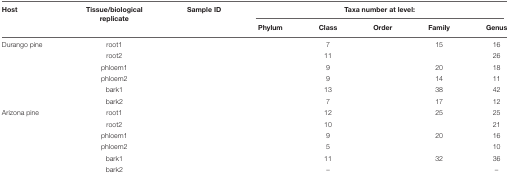
<table><thead><tr><td><b>Host</b></td><td><b>Tissue/biological replicate</b></td><td><b>Sample ID</b></td><td colspan="5"><b>Taxa number at level:</b></td></tr><tr><td>[EMPTY_CELL]</td><td>[EMPTY_CELL]</td><td>[EMPTY_CELL]</td><td><b>Phylum</b></td><td><b>Class</b></td><td><b>Order</b></td><td><b>Family</b></td><td><b>Genus</b></td></tr></thead><tbody><tr><td>Durango pine</td><td>root1</td><td>[EMPTY_CELL]</td><td>[EMPTY_CELL]</td><td>7</td><td>[EMPTY_CELL]</td><td>15</td><td>16</td></tr><tr><td>[EMPTY_CELL]</td><td>root2</td><td>[EMPTY_CELL]</td><td>[EMPTY_CELL]</td><td>11</td><td>[EMPTY_CELL]</td><td>[EMPTY_CELL]</td><td>26</td></tr><tr><td>[EMPTY_CELL]</td><td>phloem1</td><td>[EMPTY_CELL]</td><td>[EMPTY_CELL]</td><td>9</td><td>[EMPTY_CELL]</td><td>20</td><td>18</td></tr><tr><td>[EMPTY_CELL]</td><td>phloem2</td><td>[EMPTY_CELL]</td><td>[EMPTY_CELL]</td><td>9</td><td>[EMPTY_CELL]</td><td>14</td><td>11</td></tr><tr><td>[EMPTY_CELL]</td><td>bark1</td><td>[EMPTY_CELL]</td><td>[EMPTY_CELL]</td><td>13</td><td>[EMPTY_CELL]</td><td>38</td><td>42</td></tr><tr><td>[EMPTY_CELL]</td><td>bark2</td><td>[EMPTY_CELL]</td><td>[EMPTY_CELL]</td><td>7</td><td>[EMPTY_CELL]</td><td>17</td><td>12</td></tr><tr><td>Arizona pine</td><td>root1</td><td>[EMPTY_CELL]</td><td>[EMPTY_CELL]</td><td>12</td><td>[EMPTY_CELL]</td><td>25</td><td>25</td></tr><tr><td>[EMPTY_CELL]</td><td>root2</td><td>[EMPTY_CELL]</td><td>[EMPTY_CELL]</td><td>10</td><td>[EMPTY_CELL]</td><td>[EMPTY_CELL]</td><td>21</td></tr><tr><td>[EMPTY_CELL]</td><td>phloem1</td><td>[EMPTY_CELL]</td><td>[EMPTY_CELL]</td><td>9</td><td>[EMPTY_CELL]</td><td>20</td><td>16</td></tr><tr><td>[EMPTY_CELL]</td><td>phloem2</td><td>[EMPTY_CELL]</td><td>[EMPTY_CELL]</td><td>5</td><td>[EMPTY_CELL]</td><td>[EMPTY_CELL]</td><td>10</td></tr><tr><td>[EMPTY_CELL]</td><td>bark1</td><td>[EMPTY_CELL]</td><td>[EMPTY_CELL]</td><td>11</td><td>[EMPTY_CELL]</td><td>32</td><td>36</td></tr><tr><td>[EMPTY_CELL]</td><td>bark2</td><td>[EMPTY_CELL]</td><td>[EMPTY_CELL]</td><td>–</td><td>[EMPTY_CELL]</td><td>[EMPTY_CELL]</td><td>–</td></tr></tbody></table>